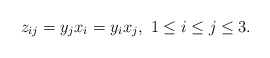
\begin{align*}z_{ij}=y_{j} x_i=y_i x_j, \ 1\le i \le j \le 3. \end{align*}